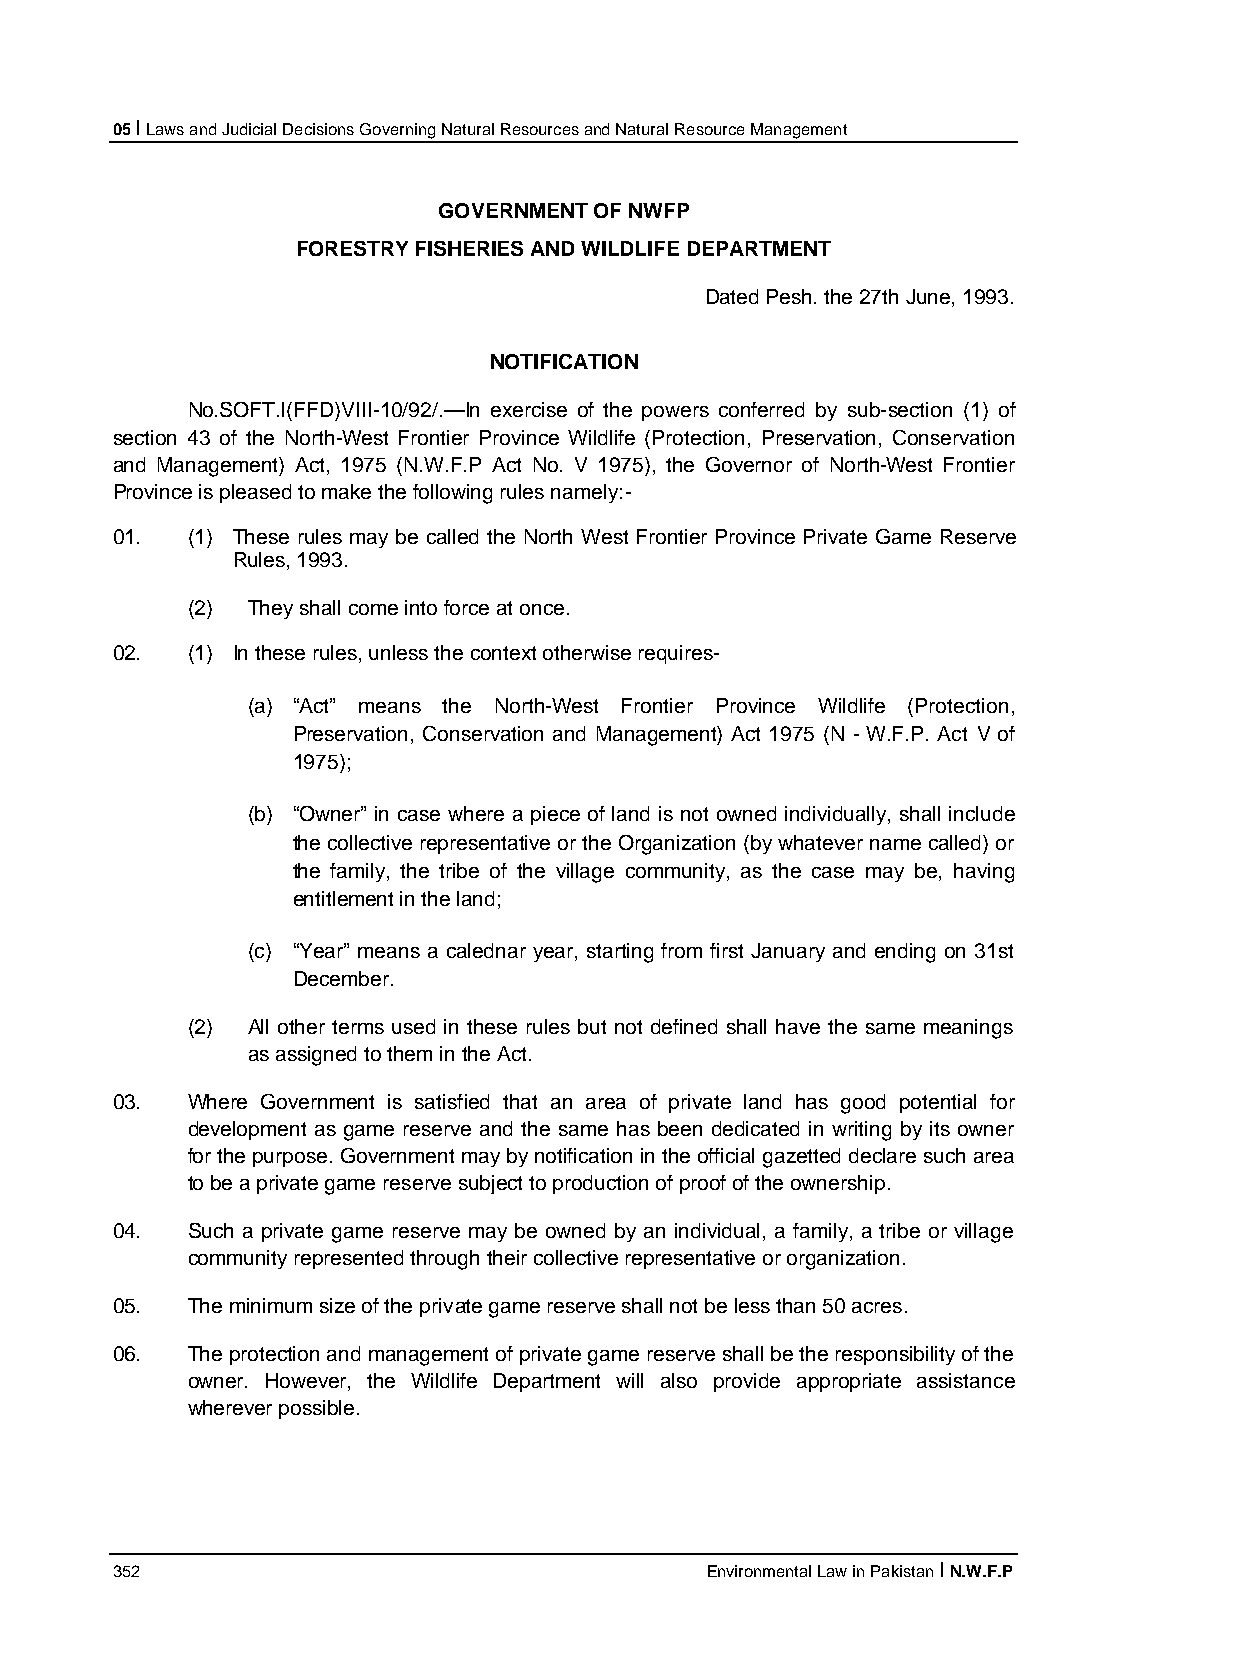
05 I Laws and Judicial Decisions Governing Natural Resources and Natural Resource Management
 GOVERNMENT OF NWFP
 FORESTRY FISHERIES AND WILDLIFE DEPARTMENT
 Dated Pesh. the 27th June, 1993.
 NOTIFICATION
 No.SOFT.I(FFD)VIII-10/92/.—In exercise of the powers conferred by sub-section (1) of
 section 43 of the North-West Frontier Province Wildlife (Protection, Preservation, Conservation
 and Management) Act, 1975 (N.W.F.P Act No. V 1975), the Governor of North-West Frontier
 Province is pleased to make the following rules namely:-
 01.  (1) These rules may be called the North West Frontier Province Private Game Reserve
 Rules, 1993.
 (2) They shall come into force at once.
 02.  (1) In these rules, unless the context otherwise requires-
 (a) “Act” means the North-West Frontier Province Wildlife (Protection,
 Preservation, Conservation and Management) Act 1975 (N - W.F.P. Act V of
 1975);
 (b) “Owner” in case where a piece of land is not owned individually, shall include
 the collective representative or the Organization (by whatever name called) or
 the family, the tribe of the village community, as the case may be, having
 entitlement in the land;
 (c) “Year” means a calednar year, starting from first January and ending on 31st
 December.
 (2) All other terms used in these rules but not defined shall have the same meanings
 as assigned to them in the Act.
 03.  Where Government is satisfied that an area of private land has good potential for
 development as game reserve and the same has been dedicated in writing by its owner
 for the purpose. Government may by notification in the official gazetted declare such area
 to be a private game reserve subject to production of proof of the ownership.
 04.  Such a private game reserve may be owned by an individual, a family, a tribe or village
 community represented through their collective representative or organization.
 05.  The minimum size of the private game reserve shall not be less than 50 acres.
 06.  The protection and management of private game reserve shall be the responsibility of the
 owner. However, the Wildlife Department will also provide appropriate assistance
 wherever possible.
 352                                     Environmental Law in Pakistan I N.W.F.P